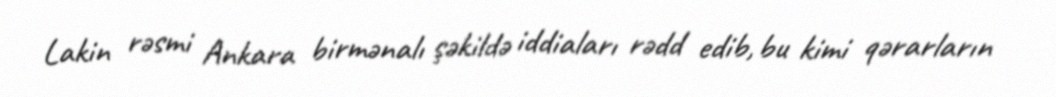
Lakin rəsmi Ankara birmənalı şəkildə iddiaları rədd edib, bu kimi qərarların